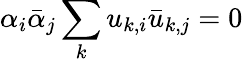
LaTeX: \alpha_{i}\bar{\alpha}_{j}\sum_{k}u_{k,i}\bar{u}_{k,j}=0